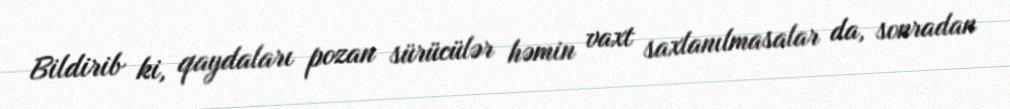
Bildirib ki, qaydaları pozan sürücülər həmin vaxt saxlanılmasalar da, sonradan